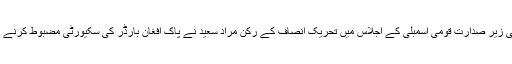
سپیکر ایاز صادق کی زیر صدارت قومی اسمبلی کے اجلاس میں تحریک انصاف کے رکن مراد سعید نے پاک افغان بارڈر کی سکیورٹی مضبوط کرنے کی قرارداد پیش کی۔